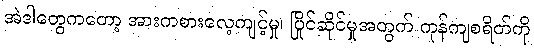
အဲဒါတွေကတော့ အားကစားလေ့ကျင့်မှု၊ ပြိုင်ဆိုင်မှုအတွက် ကုန်ကျစရိတ်ကို